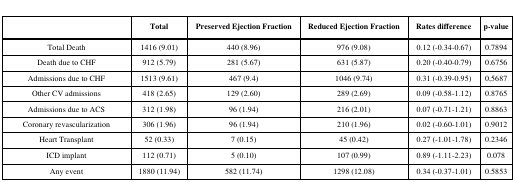
<table><thead><tr><td></td><td><b>Total</b></td><td><b>Preserved Ejection Fraction</b></td><td><b>Reduced Ejection Fraction</b></td><td><b>Rates difference</b></td><td><b>p-value</b></td></tr></thead><tbody><tr><td>Total Death </td><td>1416 (9.01)</td><td>440 (8.96)</td><td>976 (9.08)</td><td>0.12 (-0.34-0.67)</td><td>0.7894</td></tr><tr><td>Death due to CHF </td><td>912 (5.79)</td><td>281 (5.67)</td><td>631 (5.87)</td><td>0.20 (-0.40-0.79)</td><td>0.6756</td></tr><tr><td>Admissions due to CHF </td><td>1513 (9.61)</td><td>467 (9.4)</td><td>1046 (9.74)</td><td>0.31 (-0.39-0.95)</td><td>0,5687</td></tr><tr><td>Other CV admissions </td><td>418 (2.65)</td><td>129 (2.60)</td><td>289 (2.69)</td><td>0.09 (-0.58-1.12)</td><td>0.8765</td></tr><tr><td>Admissions due to ACS </td><td>312 (1.98)</td><td>96 (1.94)</td><td>216 (2.01)</td><td>0.07 (-0.71-1.21)</td><td>0.8863</td></tr><tr><td>Coronary revascularization </td><td>306 (1.96)</td><td>96 (1.94)</td><td>210 (1.96)</td><td>0.02 (-0.60-1.01)</td><td>0.9012</td></tr><tr><td>Heart Transplant </td><td>52 (0.33)</td><td>7 (0.15)</td><td>45 (0.42)</td><td>0.27 (-1.01-1.78)</td><td>0.2346</td></tr><tr><td>ICD implant </td><td>112 (0.71)</td><td>5 (0.10)</td><td>107 (0.99)</td><td>0.89 (-1.11-2.23)</td><td>0.078</td></tr><tr><td>Any event </td><td>1880 (11.94)</td><td>582 (11.74)</td><td>1298 (12.08)</td><td>0.34 (-0.37-1.01)</td><td>0.5853</td></tr></tbody></table>